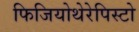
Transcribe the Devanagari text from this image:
फिजियोथेरेपिस्टो